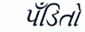
પઁડિતો